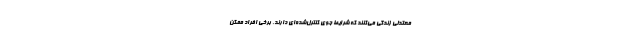
معتدلی زندگی می‌کنند که شرایط جوی کنترل‌شده‌ای دارند. برخی افراد ممکن